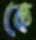
কে